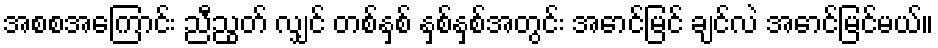
အစစအကြောင်း ညီညွတ် လျှင် တစ်နှစ် နှစ်နှစ်အတွင်း အောင်မြင် ချင်လဲ အောင်မြင်မယ်။